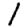
Digit: 1